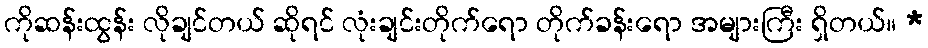
ကိုဆန်းထွန်း လိုချင်တယ် ဆိုရင် လုံးချင်းတိုက်ရော တိုက်ခန်းရော အများကြီး ရှိတယ်။ *